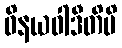
ဝိနယဝါဒီတိပိ